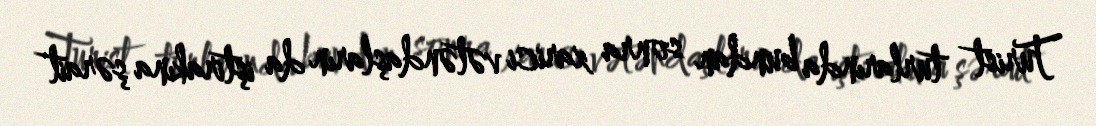
Turist turlarında bundan sonra xarici vətəndaşların da iştirakına şərait